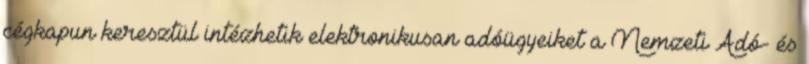
cégkapun keresztül intézhetik elektronikusan adóügyeiket a Nemzeti Adó- és